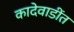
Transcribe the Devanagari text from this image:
कादेवाडींत